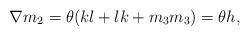
LaTeX: \begin{align*}\nabla m_{2}=\theta(kl+lk+m_{3}m_{3})=\theta h,\end{align*}